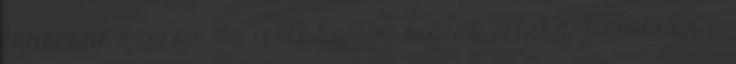
táncosnő szólója az ívelt kombi- kisebb értékű. Berobban a